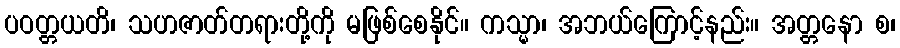
ပဝတ္တယတိ၊ သဟဇာတ်တရားတို့ကို မဖြစ်စေနိုင်။ ကသ္မာ၊ အဘယ်ကြောင့်နည်း။ အတ္တနော စ၊